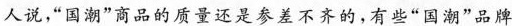
人说，”国潮”商品的质量还是参差不齐的，有些”国潮”品牌